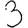
Digit: 3